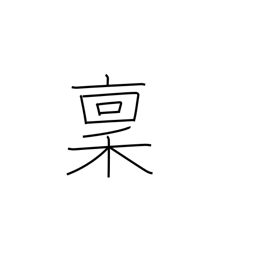
Meaning: salary in rice